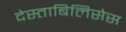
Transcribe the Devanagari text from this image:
देस्ताबिलिसेस